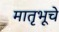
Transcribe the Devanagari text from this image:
मातृभूचे